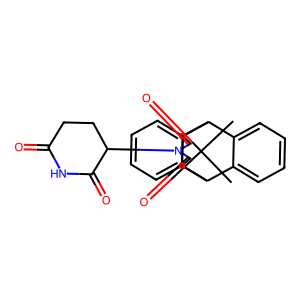
SMILES: O=C1CCC(N2C(=O)C3C4c5ccccc5C(c5ccccc54)C3C2=O)C(=O)N1
Inhibits HIV replication: No